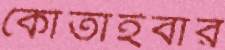
কোঁতাইবার